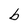
Character: b